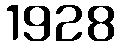
1928